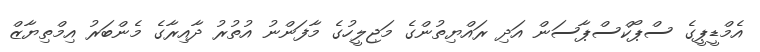
އެމްޑީޕީގެ ސްޕޯކްސްޕާސަން އަދި ރައްޔިތުންގެ މަޖިލީހުގެ މާފަންނު އުތުރު ދާއިރާގެ މެންބަރު އިމްތިޔާޒް